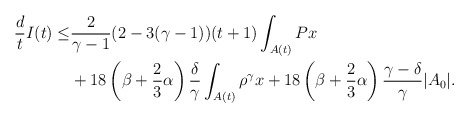
\begin{align*}\frac{d}{t}I(t) \leq & \frac{2}{\gamma-1}(2-3(\gamma-1))(t+1)\int_{A(t)}Px \\&+18\left(\beta+\frac{2}{3}\alpha\right)\frac{\delta}{\gamma}\int_{A(t)}\rho^\gamma x+18\left(\beta+\frac{2}{3}\alpha\right)\frac{\gamma-\delta}{\gamma}|A_{0}|.\end{align*}